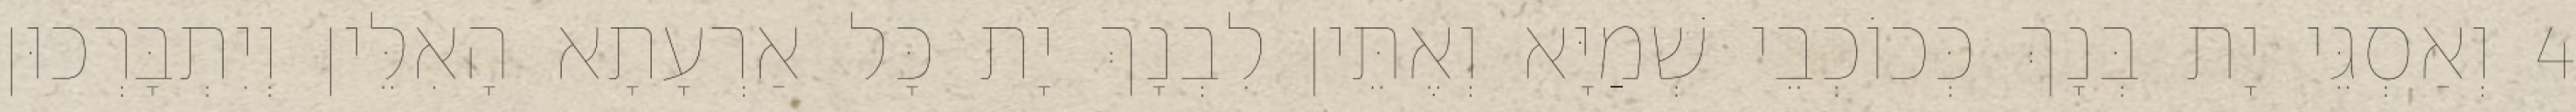
4 וְאַסְגֵּי יָת בְּנָךְ כְּכוֹכְבֵי שְׁמַיָּא וְאֶתֵּין לִבְנָךְ יָת כָּל אַרְעָתָא הָאִלֵּין וְיִתְבָּרְכוּן